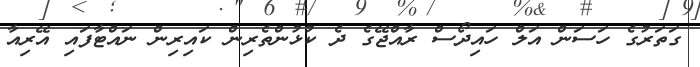
ގަތަރުގެ ހަސަން އަލް ހައިދޯސް ރާއްޖޭގެ ދެ ކުޅުންތެރިން ކައިރިން ނައްޓާފައި އޭރިއާ